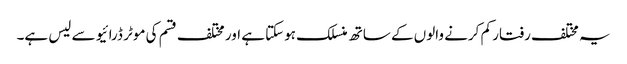
یہ مختلف رفتار کم کرنے والوں کے ساتھ منسلک ہوسکتا ہے اور مختلف قسم کی موٹر ڈرائیو سے لیس ہے۔